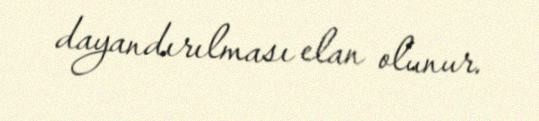
dayandırılması elan olunur.